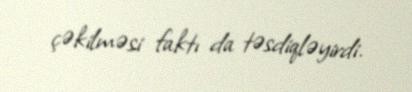
çəkilməsi faktı da təsdiqləyirdi.